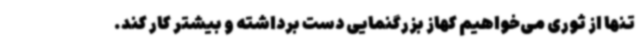
تنها از ثوری می‌خواهیم کهاز بزرگنمایی دست برداشته و بیشتر کار کند.